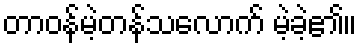
တာဝန်မဲ့တန်သလောက် မဲ့ခဲ့၏။